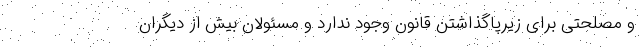
و مصلحتی برای زیرپاگذاشتن قانون وجود ندارد و مسئولان بیش از دیگران